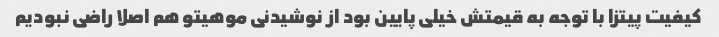
کیفیت پیتزا با توجه به قیمتش خیلی پایین بود از نوشیدنی موهیتو هم اصلا راضی نبودیم